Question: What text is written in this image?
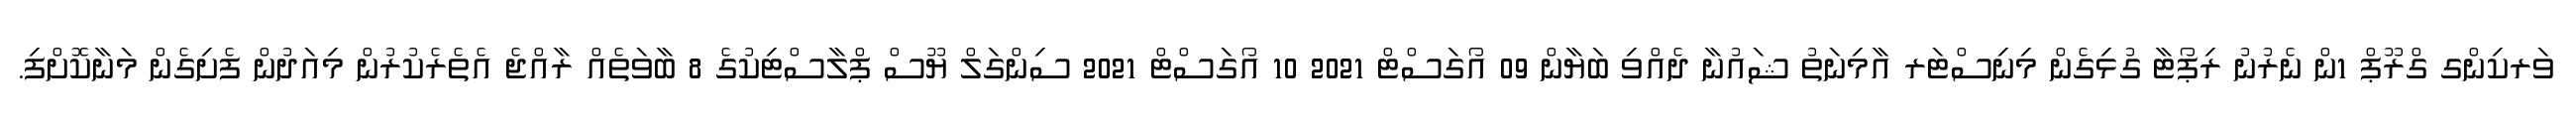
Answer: ވަރކިންގ ގްރޫޕް 1ން ނެރުނު ރިޕޯޓާ ގުޅިގެން މިނިސްޓަރ އާމިނަތު ޝައުނާ ދެއްވި ބަޔާން 09 އޯގަސްޓް 2021 10 އޯގަސްޓް 2021 ސިންގަލް ޔޫސް ޕްލާސްޓިކުގެ 8 ބާވަތެއް ރާއްޖެ އެތެރެކުރުން މިއަދުން ފެށިގެން މަނާކޮށްފި.